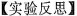
【实验反思】